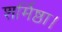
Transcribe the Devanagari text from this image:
शर्मिष्ठा।